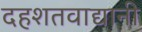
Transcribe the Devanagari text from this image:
दहशतवाद्यानी